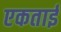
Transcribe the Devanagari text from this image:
एकताई